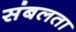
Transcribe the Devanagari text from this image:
संबलता